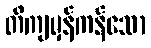
တိကျမှန်ကန်သော